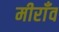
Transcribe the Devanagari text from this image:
मीराँव